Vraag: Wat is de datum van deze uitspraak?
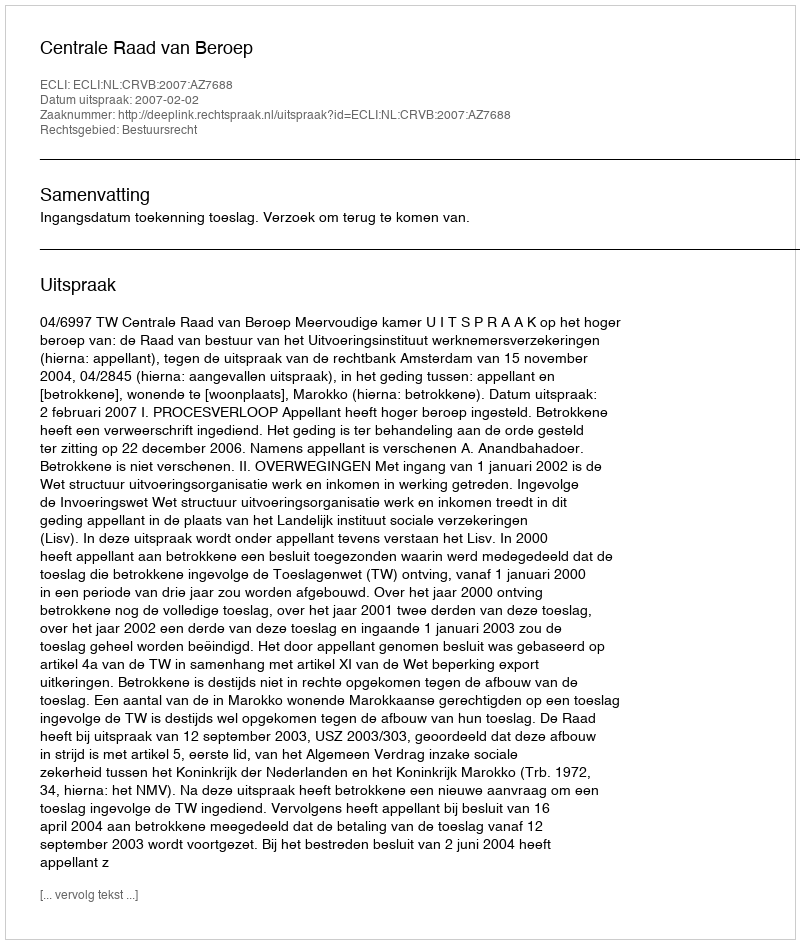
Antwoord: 2007-02-02